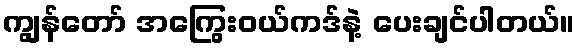
ကျွန်တော် အကြွေးဝယ်ကဒ်နဲ့ ပေးချင်ပါတယ်။